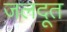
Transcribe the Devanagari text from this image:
जलदूत